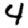
Digit: 4